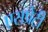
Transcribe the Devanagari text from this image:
एसप्रेटी